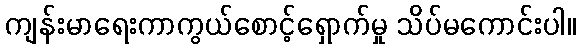
ကျန်းမာရေးကာကွယ်စောင့်ရှောက်မှု သိပ်မကောင်းပါ။